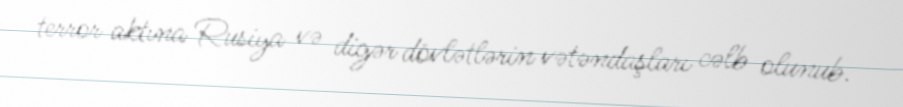
terror aktına Rusiya və digər dövlətlərin vətəndaşları cəlb olunub.